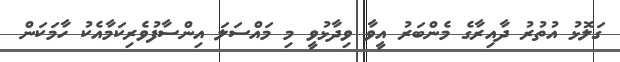
ގަލޮޅު އުތުރު ދާއިރާގެ މެންބަރު އީވާ ވިދާޅުވީ މި މައްސަލަ އިންސާފުވެރިކަމާއެކު ހާމަކަން